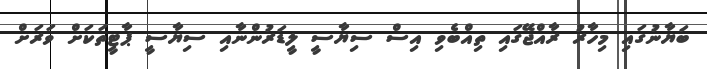
ބަޔާނުގައި މިހާރު ރާއްޖޭގައި ތިއްބެވި އިސް ސިޔާސީ ލީޑަރުންނާއި ސިޔާސީ ޕާޓީތަކަށް ވަރަށް